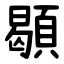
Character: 䫘